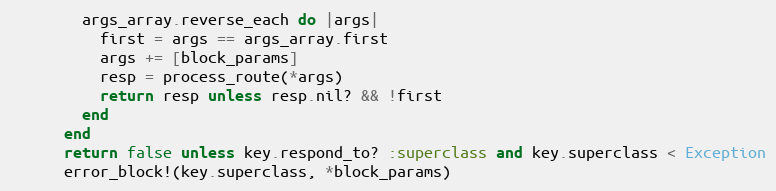
Language: Ruby
        args_array.reverse_each do |args|
          first = args == args_array.first
          args += [block_params]
          resp = process_route(*args)
          return resp unless resp.nil? && !first
        end
      end
      return false unless key.respond_to? :superclass and key.superclass < Exception
      error_block!(key.superclass, *block_params)